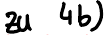
zu 4b)